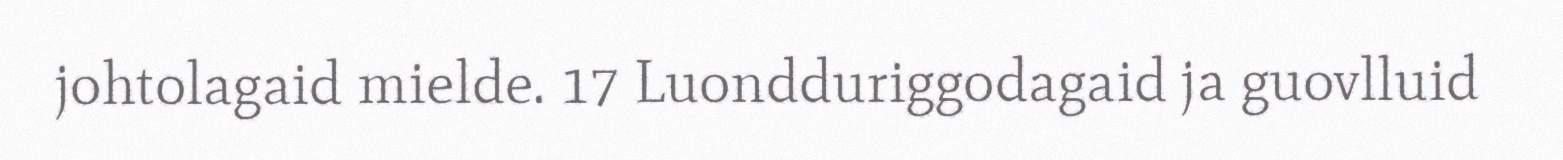
johtolagaid mielde. 17 Luondduriggodagaid ja guovlluid